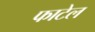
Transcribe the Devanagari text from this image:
फाटेल